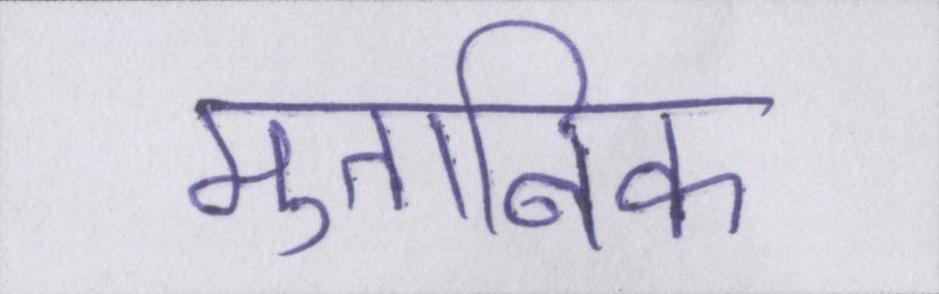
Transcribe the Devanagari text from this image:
मुताबिक